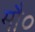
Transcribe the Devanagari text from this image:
मौ०